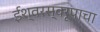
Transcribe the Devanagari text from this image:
ईश्वरस्वरूपाचा